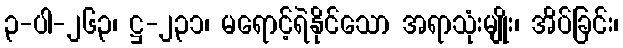
၃-ပါ-၂၆၃၊ ဋ္ဌ-၂၃၁၊ မရောင့်ရဲနိုင်သော အရာသုံးမျိုး၊ အိပ်ခြင်း၊